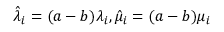
\hat { \lambda } _ { i } = ( a - b ) \lambda _ { i } , \hat { \mu } _ { i } = ( a - b ) \mu _ { i }